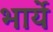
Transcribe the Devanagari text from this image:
भार्ये